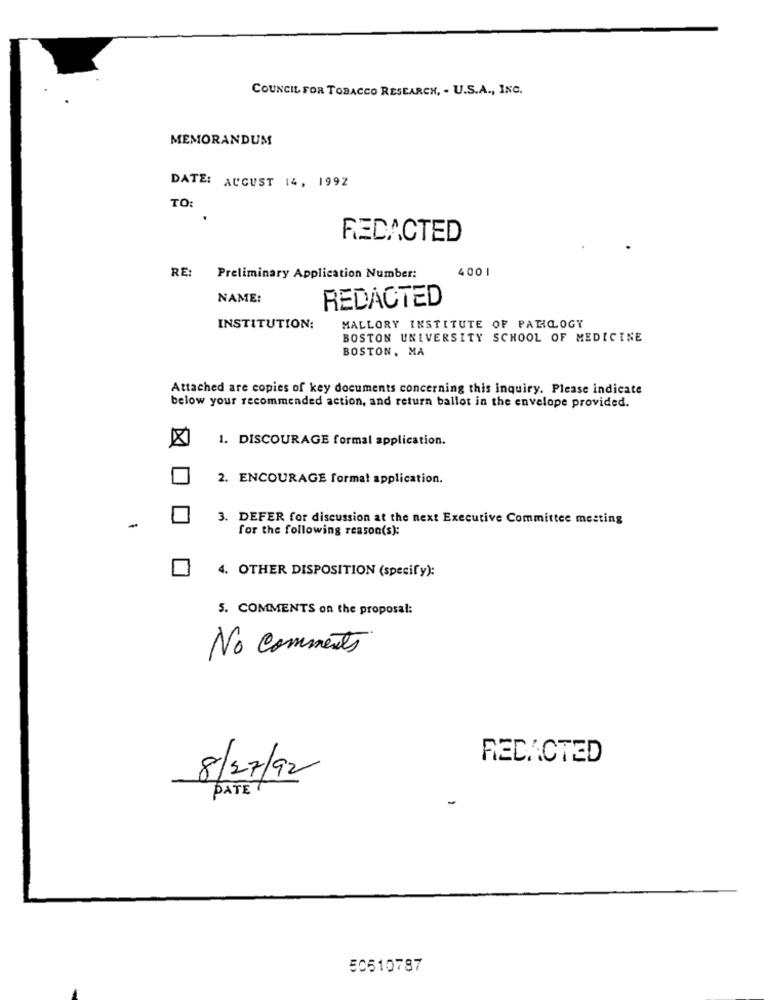
COUNCIL FOR TOBACCO RESEARCH, - U.S.A ., INC.
MEMORANDUM
DATE: AUGUST 14, 1992
TO:
REDACTED
RE:
4001
Preliminary Application Number:
NAME:
REDACTED
INSTITUTION:
MALLORY INSTITUTE OF PATICLOGY
BOSTON UNIVERSITY SCHOOL OF MEDICINE
BOSTON, MA
Attached are copies of key documents concerning this inquiry. Please indicate
below your recommended action, and return ballot in the envelope provided.
1. DISCOURAGE formal application.
2. ENCOURAGE format application.
3. DEFER for discussion at the next Executive Committee meeting
for the following reason(s):
4. OTHER DISPOSITION (specify):
5. COMMENTS on the proposal:
No comments
REDACTED
8/27/92
PATE
50510787